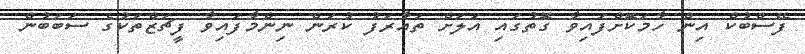
ފޭސްބުކް އިން ހާމަކޮށްފައިވާ ގޮތުގައި އަލަށް ތައާރަފު ކުރަން ނިންމާފައިވާ ފީޗަޒްތަކުގެ ސަބަބުން